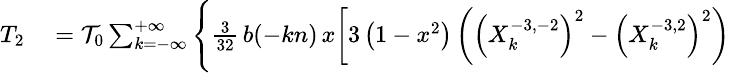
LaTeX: \small\begin{array}{rl}{T_{2}}&{{}={\cal T}_{0}\sum_{k=-\infty}^{+\infty}\Bigg\{ \frac{3}{32}\, b(-kn)\, x\bigg[3\left(1-x^{2}\right)\left(\left(X_{k}^{-3,-2}\right)^{2}-\left(X_{k}^{-3,2}\right)^{2}\right)}\end{array}